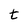
Character: t